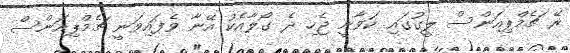
ރޭ ޗެމްޕިއަންސް ލީގުގައި ކަވާނީ ޖެހި ދެ ގޯލާއެކު އޭނާ ވެފައިވަނީ ޗެމްޕިއަންސް